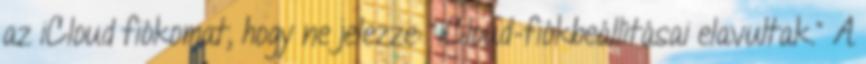
az iCloud fiókomat, hogy ne jelezze: "iCloud-fiókbeállításai elavultak." A